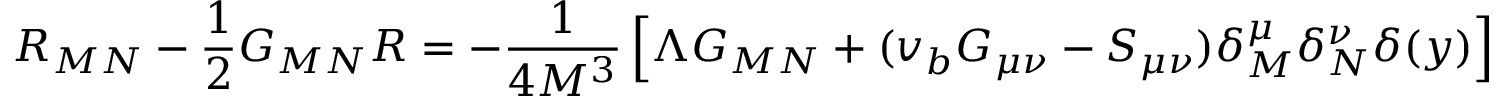
R _ { M N } - \frac { 1 } { 2 } G _ { M N } R = - \frac { 1 } { 4 M ^ { 3 } } \left[ \Lambda G _ { M N } + ( v _ { b } G _ { \mu \nu } - S _ { \mu \nu } ) \delta _ { M } ^ { \mu } \delta _ { N } ^ { \nu } \delta ( y ) \right]